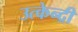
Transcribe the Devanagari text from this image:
उत्केन्द्री